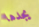
يجدها